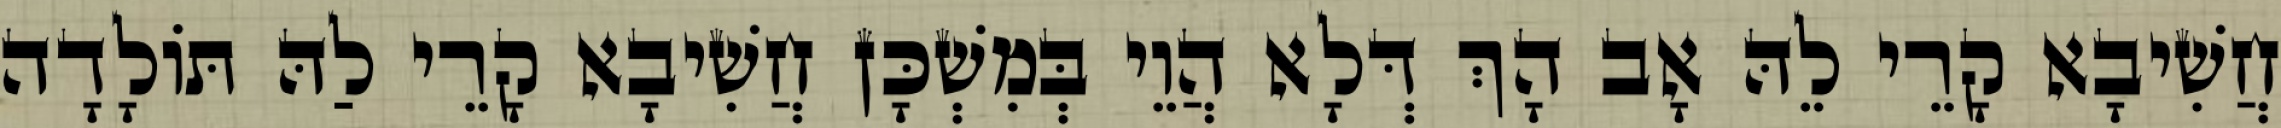
חֲשִׁיבָא קָרֵי לֵהּ אָב הָךְ דְּלָא הֲוֵי בְּמִשְׁכָּן חֲשִׁיבָא קָרֵי לַהּ תּוֹלָדָה